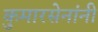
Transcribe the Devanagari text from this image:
कुमारसेनांनी